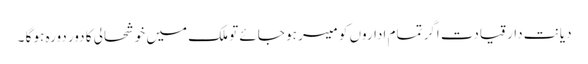
دیانت دار قیادت اگر تمام اداروں کو میسر ہو جائے تو ملک میں خوشحالی کا دور دورہ ہو گا ۔